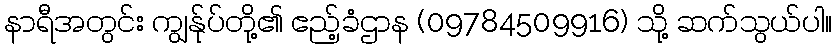
နာရီအတွင်း ကျွန်ုပ်တို့၏ ဧည့်ခံဌာန (09784509916) သို့ ဆက်သွယ်ပါ။